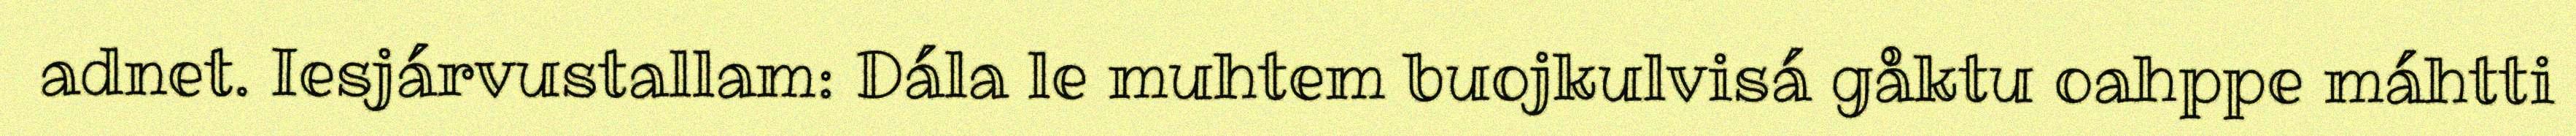
adnet. Iesjárvustallam: Dála le muhtem buojkulvisá gåktu oahppe máhtti